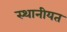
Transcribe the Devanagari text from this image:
स्थानीयत